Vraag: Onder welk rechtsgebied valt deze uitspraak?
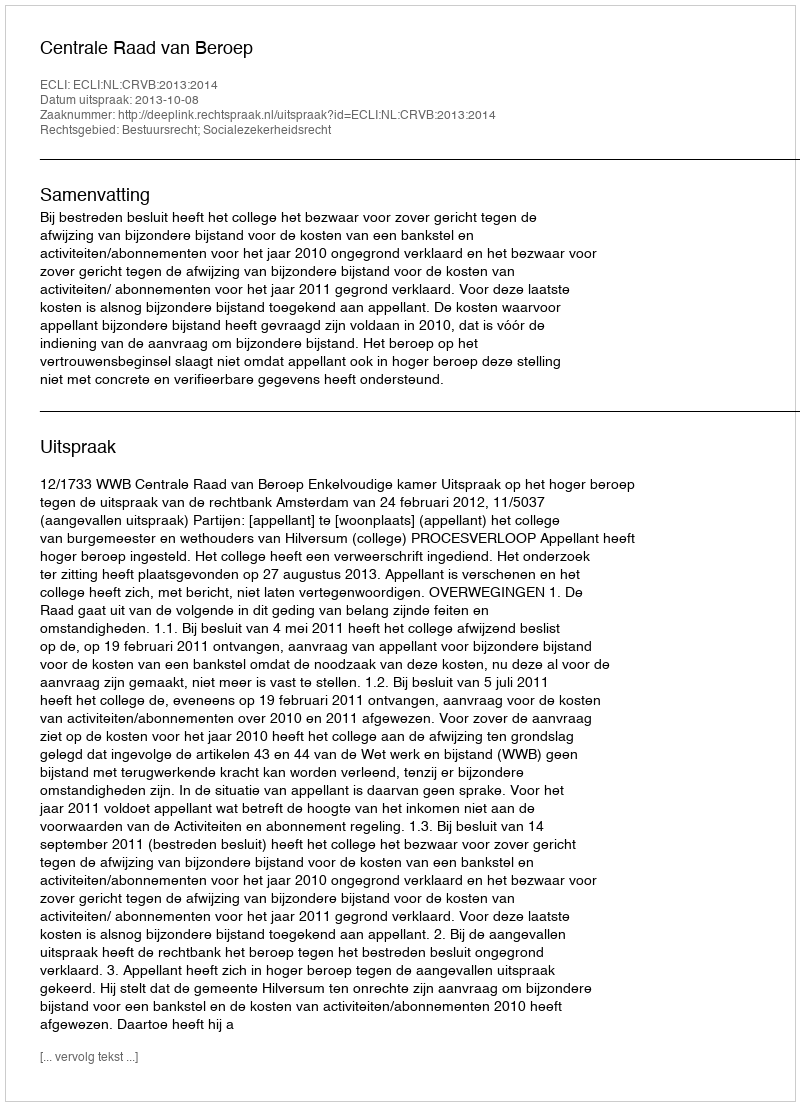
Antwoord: Bestuursrecht; Socialezekerheidsrecht